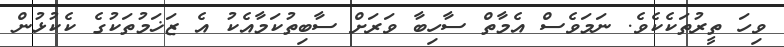
ވިހަ ތީރުތަކެކެވެ. ނަމަވެސް އެމާތް ސާހިބާ ވަރަށް ސާބިތުކަމާއެކު އެ ޒަޚަމުތަކުގެ ކެކުޅުން